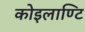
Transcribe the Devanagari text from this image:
कोइलाण्टि